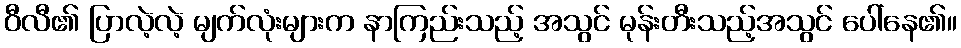
ဝီလီ၏ ပြာလဲ့လဲ့ မျက်လုံးများက နာကြည်းသည့် အသွင် မုန်းတီးသည့်အသွင် ပေါ်နေ၏။